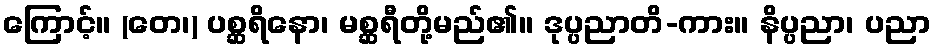
ကြောင့်။ (တေ၊) ပစ္ဆရိနော၊ မစ္ဆရီတို့မည်၏။ ဒုပ္ပညာတိ-ကား။ နိပ္ပညာ၊ ပညာ